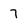
Character: 7